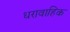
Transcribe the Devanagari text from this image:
धरावाहिक